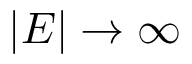
| E | \to \infty